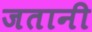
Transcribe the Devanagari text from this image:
जतानी